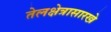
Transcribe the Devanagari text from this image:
तेलक्षेत्रासारखे